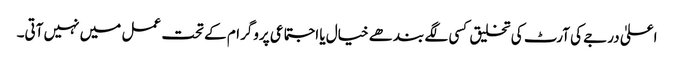
اعلیٰ درجے کی آرٹ کی تخلیق کسی لگے بندھے خیال یا اجتماعی پروگرام کے تحت عمل میں نہیں آتی۔